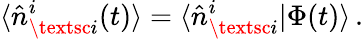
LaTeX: \langle\hat{n}_{\textsc{i}}^{i}(t)\rangle=\langle\hat{n}_{\textsc{i}}^{i}|\Phi(t)\rangle\, .